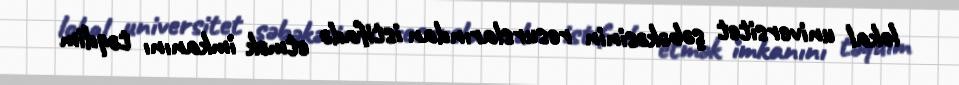
lokal universitet şəbəkəsinin resurslarından istifadə etmək imkanını təqdim